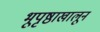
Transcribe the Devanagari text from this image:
भूपृष्ठाखालून